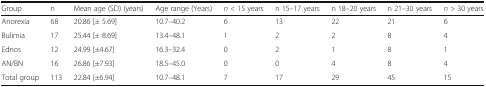
<table><thead><tr><td><b>Group</b></td><td><b>n</b></td><td><b>Mean age (SD) (years)</b></td><td><b>Age range (Years)</b></td><td><b><i>n</i> &lt; 15 years</b></td><td><b>n 15–17 years</b></td><td><b>n 18–20 years</b></td><td><b>n 21–30 years</b></td><td><b><i>n</i> &gt; 30 years</b></td></tr></thead><tbody><tr><td>Anorexia</td><td>68</td><td>20.86 [± 5.69]</td><td>10.7–40.2</td><td>6</td><td>13</td><td>22</td><td>21</td><td>6</td></tr><tr><td>Bulimia</td><td>17</td><td>25.44 [± 8.69]</td><td>13.4–48.1</td><td>1</td><td>2</td><td>2</td><td>8</td><td>4</td></tr><tr><td>Ednos</td><td>12</td><td>24.99 [±4.67]</td><td>16.3–32.4</td><td>0</td><td>2</td><td>1</td><td>8</td><td>1</td></tr><tr><td>AN/BN</td><td>16</td><td>26.86 [±7.93]</td><td>18.5–45.0</td><td>0</td><td>0</td><td>4</td><td>8</td><td>4</td></tr><tr><td>Total group</td><td>113</td><td>22.84 {±6.94]</td><td>10.7–48.1</td><td>7</td><td>17</td><td>29</td><td>45</td><td>15</td></tr></tbody></table>